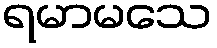
ရမာမသေ